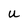
Character: U